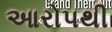
આરોપથી